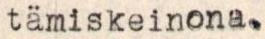
tämiskeinona.